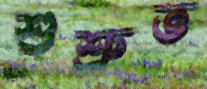
শুশ্রুত